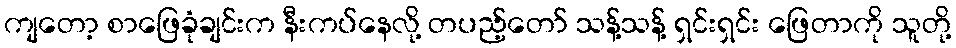
ကျတော့ စာဖြေခုံချင်းက နီးကပ်နေလို့ တပည့်တော် သန့်သန့် ရှင်းရှင်း ဖြေတာကို သူတို့